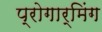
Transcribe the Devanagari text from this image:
प्रोगार्मिंग